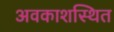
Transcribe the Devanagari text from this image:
अवकाशस्थित